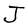
Character: J